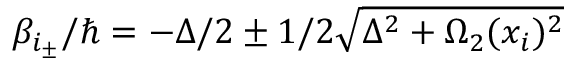
\beta _ { i _ { \pm } } / \hbar = - \Delta / 2 \pm 1 / 2 \sqrt { \Delta ^ { 2 } + \Omega _ { 2 } ( x _ { i } ) ^ { 2 } }